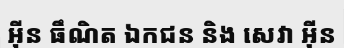
អ៊ីន ធឹណិត ឯកជន និង សេវា អ៊ីន